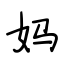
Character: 妈